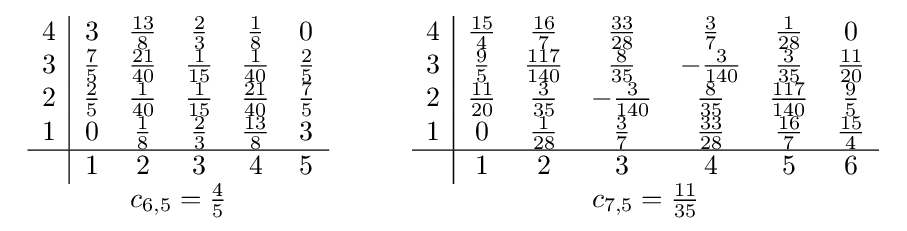
{\begin{array}{c}{\begin{array}{c|ccccc}4&3&{\frac {13}{8}}&{\frac {2}{3}}&{\frac {1}{8}}&0\\3&{\frac {7}{5}}&{\frac {21}{40}}&{\frac {1}{15}}&{\frac {1}{40}}&{\frac {2}{5}}\\2&{\frac {2}{5}}&{\frac {1}{40}}&{\frac {1}{15}}&{\frac {21}{40}}&{\frac {7}{5}}\\1&0&{\frac {1}{8}}&{\frac {2}{3}}&{\frac {13}{8}}&3\\\hline &1&2&3&4&5\end{array}}\\c_{6,5}={\frac {4}{5}}\end{array}}\qquad {\begin{array}{c}{\begin{array}{c|cccccc}4&{\frac {15}{4}}&{\frac {16}{7}}&{\frac {33}{28}}&{\frac {3}{7}}&{\frac {1}{28}}&0\\3&{\frac {9}{5}}&{\frac {117}{140}}&{\frac {8}{35}}&-{\frac {3}{140}}&{\frac {3}{35}}&{\frac {11}{20}}\\2&{\frac {11}{20}}&{\frac {3}{35}}&-{\frac {3}{140}}&{\frac {8}{35}}&{\frac {117}{140}}&{\frac {9}{5}}\\1&0&{\frac {1}{28}}&{\frac {3}{7}}&{\frac {33}{28}}&{\frac {16}{7}}&{\frac {15}{4}}\\\hline &1&2&3&4&5&6\end{array}}\\c_{7,5}={\frac {11}{35}}\end{array}}